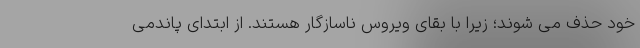
خود حذف می شوند؛ زیرا با بقای ویروس ناسازگار هستند. از ابتدای پاندمی